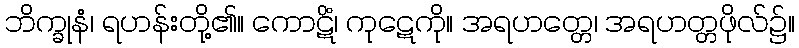
ဘိက္ခုနံ၊ ရဟန်းတို့၏။ ကောဋိံ၊ ကုဋေကို။ အရဟတ္တေ၊ အရဟတ္တဖိုလ်၌။